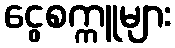
ငွေစက္ကူများ